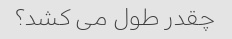
چقدر طول می کشد؟